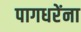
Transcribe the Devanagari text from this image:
पागधरेंना